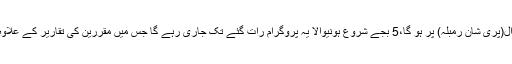
دوسرا سب سے بڑا اور مرکزی پروگرام اتوار 13 اگست کو مشہور رمبلہ روال(پری شان رمبلہ) پر ہو گا،5 بجے شروع ہونیوالا یہ پروگرام رات گئے تک جاری رہے گا جس میں مقررین کی تقاریر کے علاوہ فنکار ملی نغموں اور ترانوں سے وطن عزیز کی محبت کا جادو جگائیں گے۔